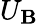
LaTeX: U_{\mathbf{B}}